Vaccination in Bombay 1863-1868 - 1863-1868
Year: 1863
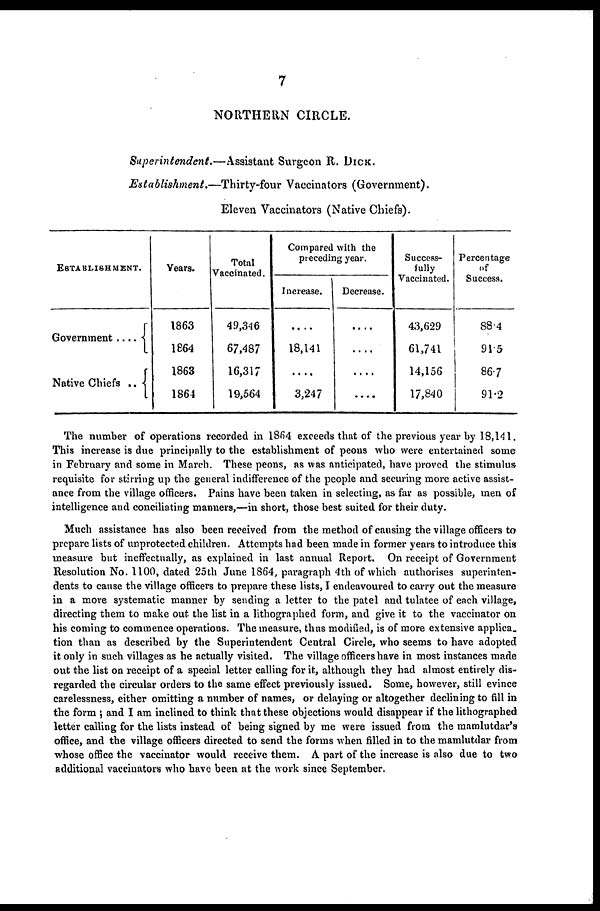
7
NORTHERN CIRCLE.
Superintendent.—Assistant
Surgeon R. DICK.
Establishment.—Thirty-four
Vaccinators (Government).
Eleven Vaccinators (Native Chiefs).
ESTABLISHMENT.
Government ....
Native Chiefs
..
Years.
1863
1864
1863
1864
Total
Vaccinated.
49,346
67,487
16,317
19,564
Compared with the
preceding year.
Increase.
....
18,141
....
3,247
Decrease.
....
....
....
....
Success-
fully
Vaccinated.
43,629
61,741
14,156
17,840
Percentage
of
Success.
88.4
91.5
86.7
91.2
The number of operations recorded in 1864 exceeds that of the previous year by 18,141.
This increase is due principally to the establishment of peons who were entertained some
in February and some in March. These peons, as was anticipated, have proved the stimulus
requisite for stirring up the general indifference of the people and securing more active assist-
ance from the village officers. Pains have been taken in selecting, as far as possible, men of
intelligence and conciliating manners,—in short, those best suited for their duty.
Much assistance has also been received from the method of causing the village officers to
prepare lists of unprotected children. Attempts had been made in former years to introduce this
measure but ineffectually, as explained in last annual Report. On receipt of Government
Resolution No. 1100, dated 25th June 1864, paragraph 4th of which authorises superinten-
dents to cause the village officers to prepare these lists, I endeavoured to carry out the measure
in a more systematic manner by sending a letter to the patel and tulatee of each village,
directing them to make out the list in a lithographed form, and give it to the vaccinator on
his coming to commence operations. The measure, thus modified, is of more extensive applica
tion than as described by the Superintendent Central Circle, who seems to have adopted
it only in such villages as he actually visited. The village officers have in most instances made
out the list on receipt of a special letter calling for it, although they had almost entirely dis-
regarded the circular orders to the same effect previously issued. Some, however, still evince
carelessness, either omitting a number of names, or delaying or altogether declining to fill in
the form ; and I am inclined to think that these objections would disappear if the lithographed
letter calling for the lists instead of being signed by me were issued from the mamlutdar's
office, and the village officers directed to send the forms when filled in to the mamlutdar from
whose office the vaccinator would receive them. A part of the increase is also due to two
additional vaccinators who have been at the work since September.